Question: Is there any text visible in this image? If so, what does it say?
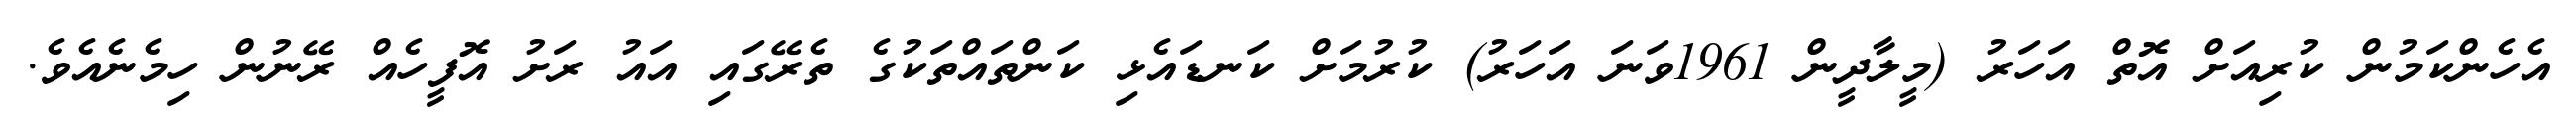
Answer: އެހެންކަމުން ކުރިއަށް އޮތް އަހަރު (މީލާދީން 1961ވަނަ އަހަރު) ކުރުމަށް ކަނޑައެޅި ކަންތައްތަކުގެ ތެރޭގައި އައު ރަށު އޮފީހެއް ރޭނުން ހިމެނެއެވެ.